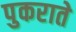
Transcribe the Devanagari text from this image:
पुकराते